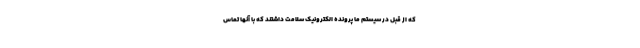
که از قبل در سیستم ما پرونده الکترونیک سلامت داشتند که با آنها تماس